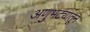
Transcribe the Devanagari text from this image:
अणुभट्यातून